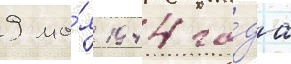
9 ма́я 1944 го́да